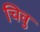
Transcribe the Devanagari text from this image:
चिवु